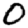
Digit: 0